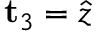
\mathbf { t } _ { 3 } = \hat { z }